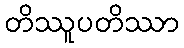
တိဿူပတိဿာ